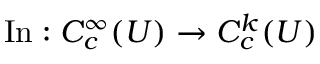
\operatorname { I n } : C _ { c } ^ { \infty } ( U ) \to C _ { c } ^ { k } ( U )